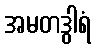
အမတဒွါရံ